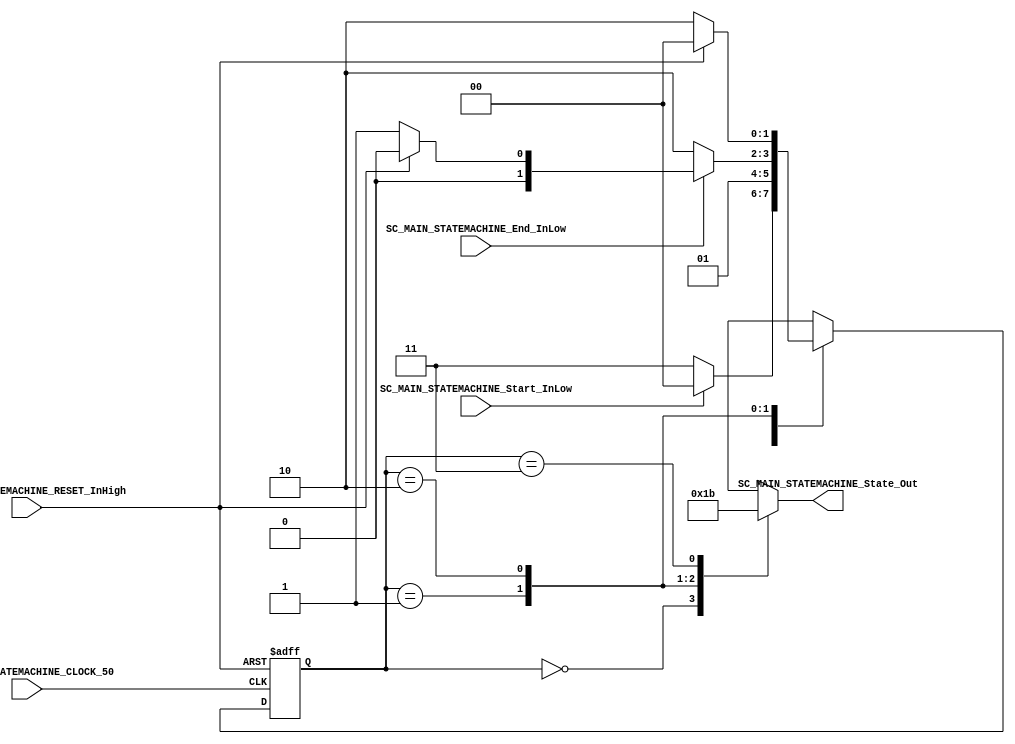
/*######################################################################
//#	G0B1T: HDL EXAMPLES. 2018.
//######################################################################
//# 
//# This program is free software: you can redistribute it and/or modify
//# it under the terms of the GNU General Public License as published by
//# the Free Software Foundation, version 3 of the License.
//#
//# This program is distributed in the hope that it will be useful,
//# but WITHOUT ANY WARRANTY; without even the implied warranty of
//# MERCHANTABILITY or FITNESS FOR A PARTICULAR PURPOSE.  See the
//# GNU General Public License for more details.
//#
//# You should have received a copy of the GNU General Public License
//# along with this program.  If not, see <http://www.gnu.org/licenses/>
//####################################################################*/
//=======================================================
//  MODULE Definition
//=======================================================

module SC_MAIN_STATEMACHINE(
//////////// OUTPUTS //////////
	SC_MAIN_STATEMACHINE_State_Out,

//////////// INPUTS //////////

	SC_MAIN_STATEMACHINE_CLOCK_50,
	SC_MAIN_STATEMACHINE_RESET_InHigh,
	SC_MAIN_STATEMACHINE_Start_InLow,
	SC_MAIN_STATEMACHINE_End_InLow

);

//=======================================================
//  PARAMETER declarations
//=======================================================

// states declaration
localparam STATE_PENDING_0									= 0;
localparam STATE_CHAMBA										= 1;
localparam STATE_END											= 2;
localparam STATE_PENDING_1									= 3;


//=======================================================
//  PORT declarations
//=======================================================

output reg		[1:0] SC_MAIN_STATEMACHINE_State_Out;

input				SC_MAIN_STATEMACHINE_CLOCK_50;
input 			SC_MAIN_STATEMACHINE_RESET_InHigh;
input				SC_MAIN_STATEMACHINE_Start_InLow;
input				SC_MAIN_STATEMACHINE_End_InLow;


//=======================================================
//  REG/WIRE declarations
//=======================================================

reg [1:0] STATE_Register;
reg [1:0] STATE_Signal;


//=======================================================
//  Structural coding
//=======================================================
//INPUT LOGIC: COMBINATIONAL
// NEXT STATE LOGIC : COMBINATIONAL
always @(*) 
begin

	case (STATE_Register)
	
		STATE_PENDING_0: 	if (SC_MAIN_STATEMACHINE_Start_InLow == 1'b0) 
									STATE_Signal = STATE_PENDING_1;	
								else 
									STATE_Signal = STATE_PENDING_0;
									
		STATE_PENDING_1:	STATE_Signal = STATE_CHAMBA;
		
		STATE_CHAMBA:  		if (SC_MAIN_STATEMACHINE_End_InLow == 1'b0)
									STATE_Signal = STATE_END;
								else if (SC_MAIN_STATEMACHINE_RESET_InHigh == 1'b1)
									STATE_Signal = STATE_PENDING_0;
								else 
									STATE_Signal = STATE_CHAMBA;	
									
		STATE_END:			if (SC_MAIN_STATEMACHINE_RESET_InHigh == 1'b1)		
									STATE_Signal = STATE_PENDING_0;
								else
									STATE_Signal = STATE_END;
									
		default: 			STATE_Signal = STATE_CHAMBA;
	
	endcase

end 

// STATE REGISTER : SEQUENTIAL
always @ ( posedge SC_MAIN_STATEMACHINE_CLOCK_50 , posedge SC_MAIN_STATEMACHINE_RESET_InHigh)
begin
	if (SC_MAIN_STATEMACHINE_RESET_InHigh == 1'b1)
		STATE_Register <= STATE_PENDING_0;
	else
		STATE_Register <= STATE_Signal;
end

//=======================================================
//  Outputs
//=======================================================
// OUTPUT LOGIC : COMBINATIONAL
always @ (*)
begin
	case (STATE_Register)

	STATE_PENDING_0 :	
		begin
			SC_MAIN_STATEMACHINE_State_Out = 2'b00;
		end

	STATE_CHAMBA :	
		begin
			SC_MAIN_STATEMACHINE_State_Out = 2'b01;
		end

	STATE_END :
		begin
			SC_MAIN_STATEMACHINE_State_Out = 2'b10;
			
		end

	STATE_PENDING_1 :	
		begin
			SC_MAIN_STATEMACHINE_State_Out = 2'b11;
		end

	default :
		begin
			SC_MAIN_STATEMACHINE_State_Out = 2'b00;
		end
	endcase
end

endmodule